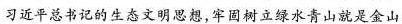
习近平总书记的生态文明思想，牢固树立绿水青山就是金山